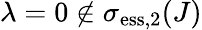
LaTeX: \lambda=0\not\in\sigma_{\mathrm{ess},2}(J)